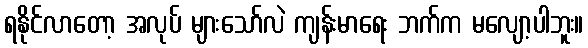
ရနိုင်လာတော့ အလုပ် များသော်လဲ ကျန်းမာရေး ဘက်က မလျော့ပါဘူး။